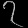
Digit: ၇